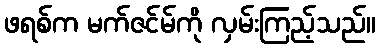
ဖရစ်က မက်ဇင်မ်ကို လှမ်းကြည့်သည်။